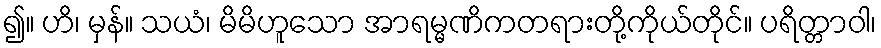
၍။ ဟိ၊ မှန်။ သယံ၊ မိမိဟူသော အာရမ္မဏိကတရားတို့ကိုယ်တိုင်။ ပရိတ္တာဝါ၊